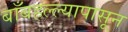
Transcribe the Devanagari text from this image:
बाँबहल्ल्यापासून